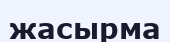
жасырма